Source: Handwritten
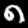
Digit: ၈ (8)